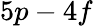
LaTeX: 5p-4f